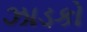
ઝાડકો